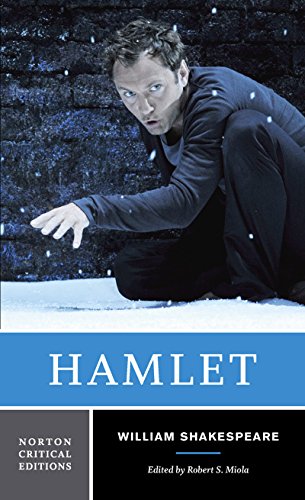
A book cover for Hamlet (New Edition)  (Norton Critical Editions); William Shakespeare; Humor & Entertainment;